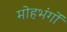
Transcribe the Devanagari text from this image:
मोहभंगों